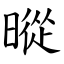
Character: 暰